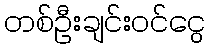
တစ်ဦးချင်းဝင်ငွေ